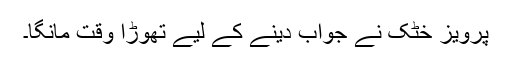
پرویز خٹک نے جواب دینے کے لیے تھوڑا وقت مانگا۔